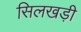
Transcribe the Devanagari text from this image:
सिलखड़ी